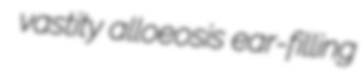
vastity alloeosis ear-filling